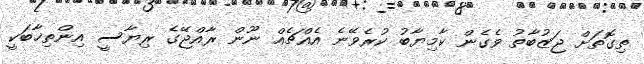
ތިގޮތަށް ޖަޒުބާތު ވެގެން ކާމިޔާބު ކުރެވޭނެ އެއްޗެއް ނޫން ރާއްޖޭގެ ރިޔާސީ އިންތިޚާބަކީ